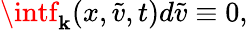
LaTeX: \intf_{\mathbf{k}}(x,\tilde{{v}},t)d\tilde{{v}}\equiv0,